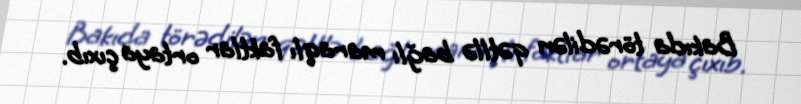
Bakıda törədilən qətllə bağlı maraqlı faktlar ortaya çıxıb.